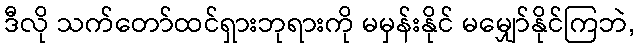
ဒီလို သက်တော်ထင်ရှားဘုရားကို မမှန်းနိုင် မမျှော်နိုင်ကြဘဲ,